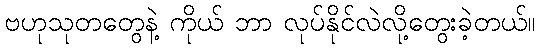
ဗဟုသုတတွေနဲ့ ကိုယ် ဘာ လုပ်နိုင်လဲလို့တွေးခဲ့တယ်။